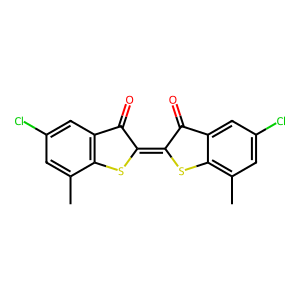
SMILES: Cc1cc(Cl)cc2c1SC(=C1Sc3c(C)cc(Cl)cc3C1=O)C2=O
Inhibits HIV replication: No